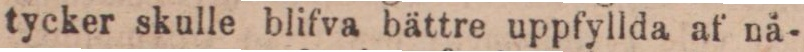
tycker skulle blifva bättre uppfyllda af nä-